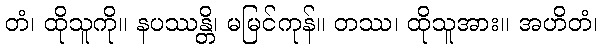
တံ၊ ထိုသူကို။ နပဿန္တိ၊ မမြင်ကုန်။ တဿ၊ ထိုသူအား။ အဟိတံ၊